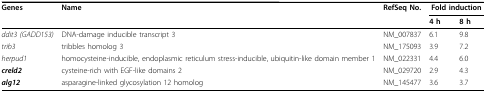
| Genes | Name | RefSeq No. | <COLSPAN=2> Fold induction |
 |  |  |  | 4 h | 8 h |
 | --- | --- | --- | --- | --- |
 | ddit3 (GADD153) | DNA-damage inducible transcript 3 | NM_007837 | 6.1 | 9.8 |
 | trib3 | tribbles homolog 3 | NM_175093 | 3.9 | 7.2 |
 | herpud1 | homocysteine-inducible, endoplasmic reticulum stress-inducible, ubiquitin-like domain member 1 | NM_022331 | 4.4 | 6.0 |
 | creld2 | cysteine-rich with EGF-like domains 2 | NM_029720 | 2.9 | 4.3 |
 | alg12 | asparagine-linked glycosylation 12 homolog | NM_145477 | 3.6 | 3.7 |